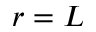
r = L